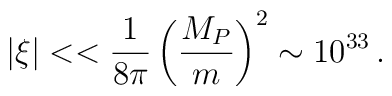
|\xi |<<\frac{1}{8\pi }\left( \frac{M_{P}}{m}\right) ^{2}\sim 10^{33}\,.